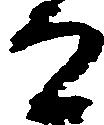
而